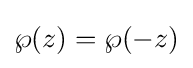
\wp (z)=\wp (-z)